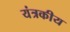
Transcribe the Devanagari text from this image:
यंत्रकीय